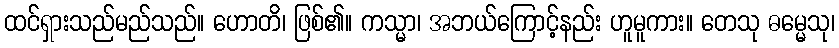
ထင်ရှားသည်မည်သည်။ ဟောတိ၊ ဖြစ်၏။ ကသ္မာ၊ အဘယ်ကြောင့်နည်း ဟူမူကား။ တေသု ဓမ္မေသု၊